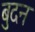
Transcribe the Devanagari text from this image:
बुदन